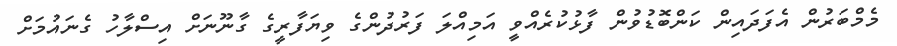
މެމްބަރުން އެފަދައިން ކަންބޮޑުވުން ފާޅުކުރެއްވީ އަމިއްލަ ފަރުދުންގެ ވިޔަފާރީގެ ގާނޫނަަށް އިސްލާހު ގެނައުމަށް